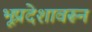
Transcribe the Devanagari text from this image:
भूप्रदेशावरून